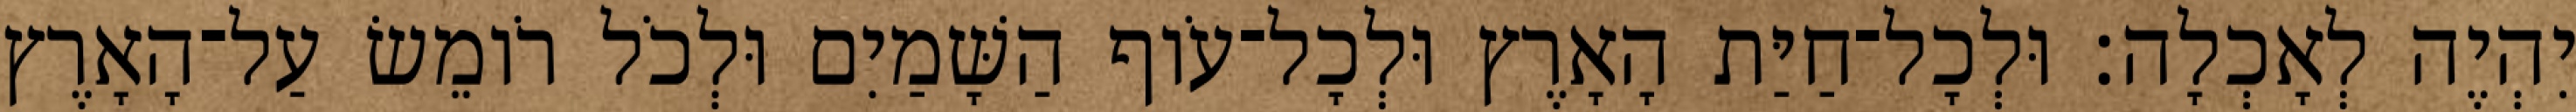
יִהְיֶה לְאָכְלָה׃ וּלְכָל־חַיַּת הָאָרֶץ וּלְכָל־עֹוף הַשָּׁמַיִם וּלְכֹל רֹומֵשׂ עַל־הָאָרֶץ